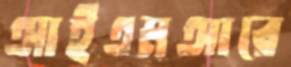
আইএমআরে